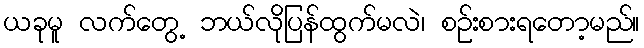
ယခုမူ လက်တွေ့ ဘယ်လိုပြန်ထွက်မလဲ၊ စဉ်းစားရတော့မည်။